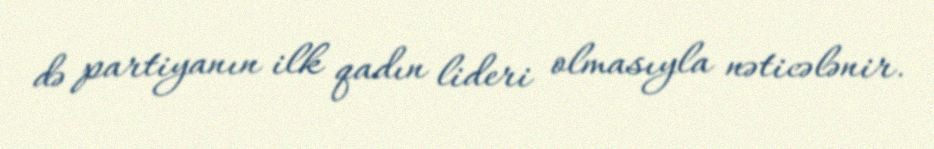
də partiyanın ilk qadın lideri olmasıyla nəticələnir.